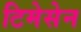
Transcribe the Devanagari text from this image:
टिमेसेन